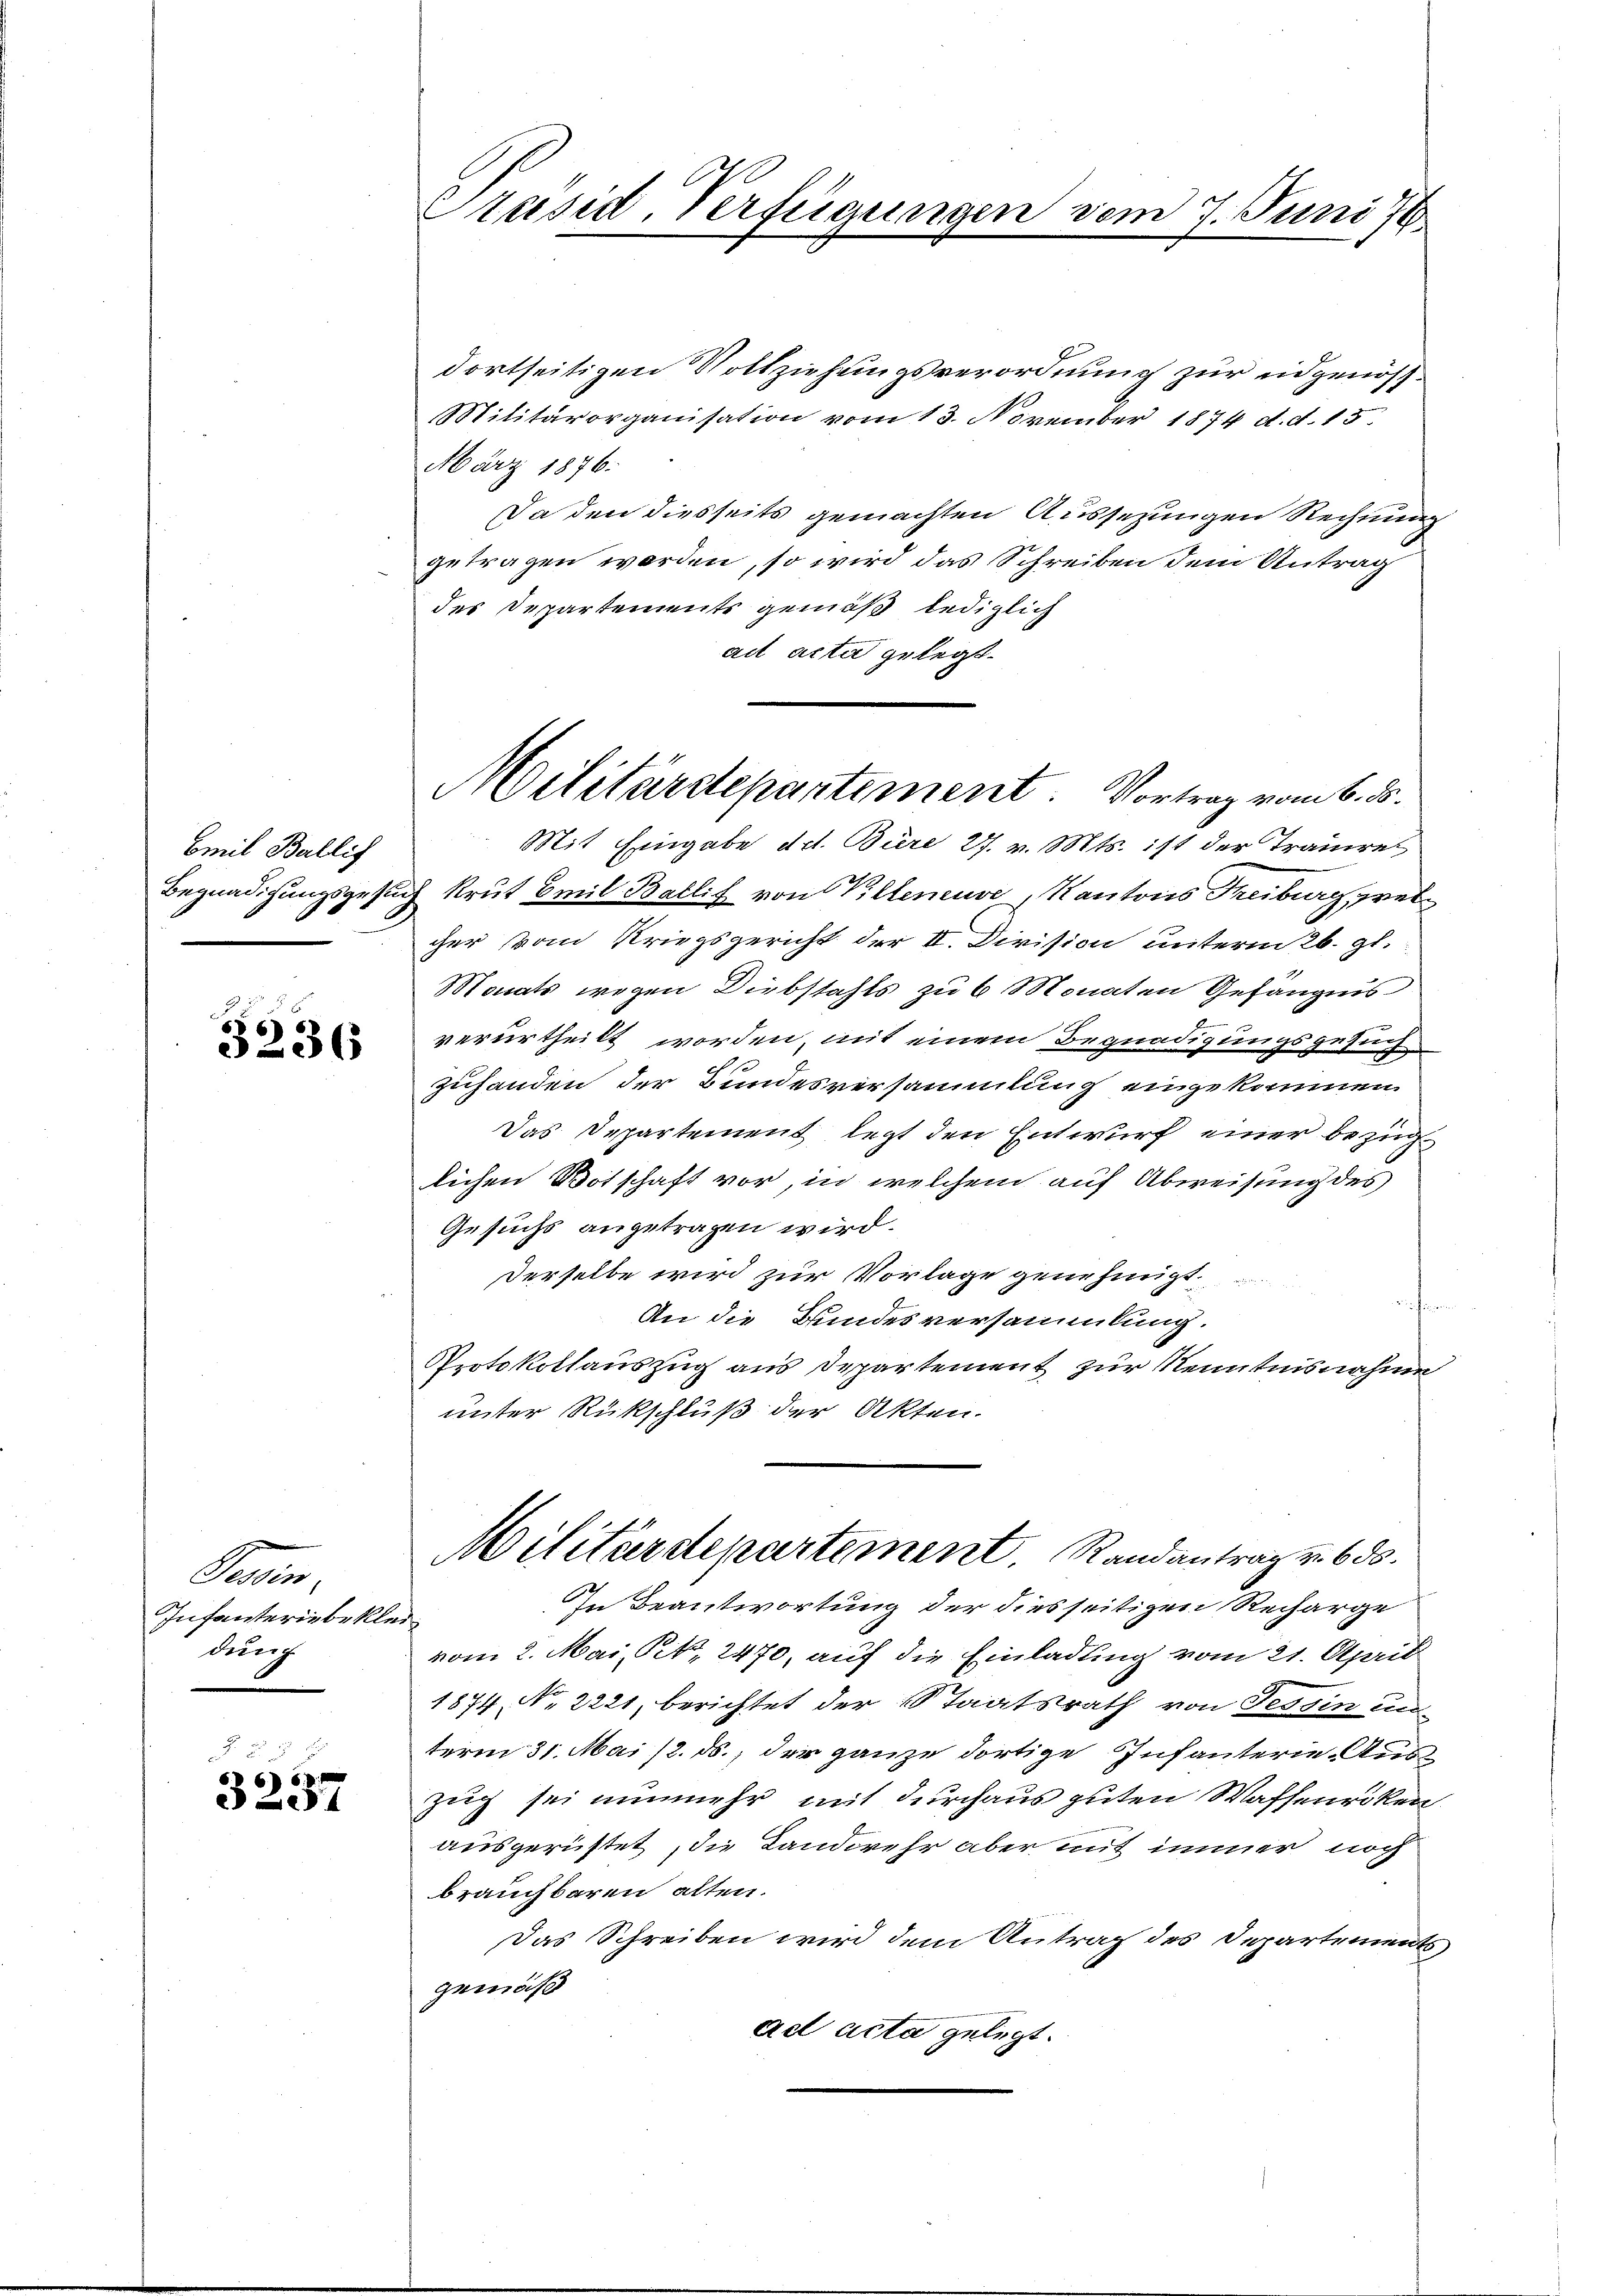
Emil Wallis
Begnadigungsgesu

3236

Pesin
Infanteriebeklei
dung

§ 55 x
3237

Präsid. Verfügungen vom

dortseitigen Vollziehungsverordnung zur eidgenöss¬
Militärorganisation vom 13. November 1874 d. d. 13.
März 1876.
Da den diesseits gemachten Aussezungen Rechnung
getragen worden, so wird das Schreiben dem Antrag
des Departemente gemäß lediglich
ad acta gelegt.
Mit Eingabe d.d. Büre 27. v. Mts. ist der Trauet
2 krut Emil Ballif von Villeneuve, Kantons Freiburg, welcher vom Kriegsgericht der II. Division unterm 26. gl.
Monats wegen Diebstahls zu 6 Monaten Gefängnis
verurtheilt worden, mit einem Begnadigungsgesuch
zuhanden der Bundesversammlung eingekommen
Das Departement legt den Entwurf einer bezüglichen Botschaft vor, in welchem auf Abweisung des
Gesuchs angetragen wird.
Derselbe wird zur Vorlage genehmigt.
An die Bundesversammlung.
Protokollauszug aus Departement zur Kenntnisnahme
unter Rückschluß der Akten.

Militärdepartement. Vortrag vom 6. ds.

17. Juni 18

Militärdepartement. Randantrag u. 650.

In Beantwortung der diesseitigen Recharge
vom 2. Mai, P., 2470, auf die Einladung vom 21. Aprill
1874. No. 2221, berichtet der Staatsrath von Tessin und
term 31. Mai /. ds., der ganze dortige Infanterie-Aus¬
Zug sei nunmehr mit durchaus guten Waffenriken.
ausgerüstet, die Landwehr aber mit immer noch
brauchbaren alten.
Das Schreiben wird dem Antrag des Departements
gemäß
ad acta gelegt.